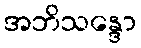
အဘိသန္ဒော